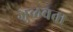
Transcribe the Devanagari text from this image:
जुळवता